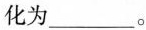
化为___。